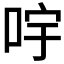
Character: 𠱶